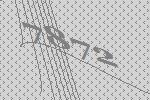
7872